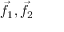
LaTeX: { \vec { f } } _ { 1 } , { \vec { f } } _ { 2 }